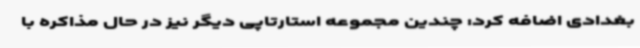
بغدادی اضافه کرد: چندین مجموعه استارتاپی دیگر نیز در حال مذاکره با